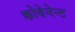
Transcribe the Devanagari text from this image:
कोवेनेन्ट